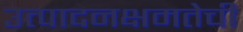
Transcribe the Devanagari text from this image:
उत्पादनक्षमतेची